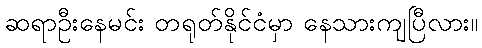
ဆရာဦးနေမင်း တရုတ်နိုင်ငံမှာ နေသားကျပြီလား။